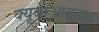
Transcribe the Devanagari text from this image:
क्यूबोआइडल